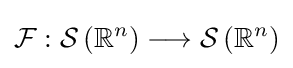
{\mathcal {F}}:{\mathcal {S}}\left(\mathbb {R} ^{n}\right)\longrightarrow {\mathcal {S}}\left(\mathbb {R} ^{n}\right)